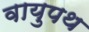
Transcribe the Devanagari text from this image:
वायुपथ